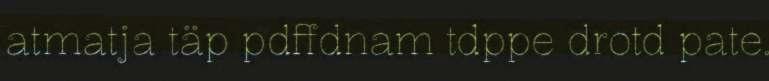
atmatja täp pdffdnam tdppe drotd pate.